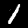
Label: 1